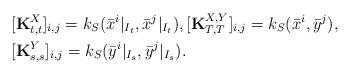
LaTeX: \begin{align*}&[\textbf{K}^X_{t,t}]_{i,j} = k_{S}(\bar x^i|_{I_t}, \bar x^j|_{I_t}), [\textbf{K}^{X,Y}_{T,T}]_{i,j} = k_S(\bar x^i,\bar y^j), \\&[\textbf{K}^Y_{s,s}]_{i,j} = k_S(\bar y^i|_{I_s}, \bar y^j|_{I_s}).\end{align*}